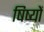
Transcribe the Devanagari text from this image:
षिष्यों